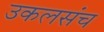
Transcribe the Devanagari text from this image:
उकलसंच